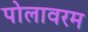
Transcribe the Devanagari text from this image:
पोलावरम